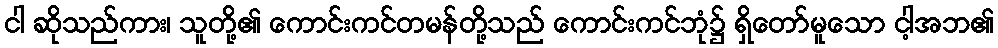
ငါ ဆိုသည်ကား၊ သူတို့၏ ကောင်းကင်တမန်တို့သည် ကောင်းကင်ဘုံ၌ ရှိတော်မူသော ငါ့အဘ၏